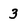
Character: 3